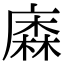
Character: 𢊲